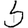
Digit: 5